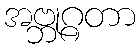
အဗ္ဘုဂ္ဂတာ